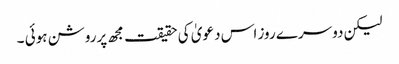
لیکن دوسرے روز اس دعویٰ کی حقیقت مجھ پرروشن ہوئی ۔